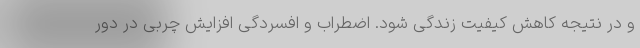
و در نتیجه کاهش کیفیت زندگی شود. اضطراب و افسردگی افزایش چربی در دور